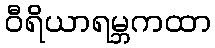
ဝီရိယာရမ္ဘကထာ